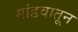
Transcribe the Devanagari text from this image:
मांडवातून